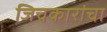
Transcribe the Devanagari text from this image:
जिचकारांचा